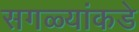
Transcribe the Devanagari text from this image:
सगळ्यांकडे